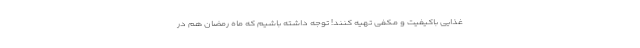
غذایی باکیفیت و مکفی تهیه کنند! توجه داشته باشیم که ماه رمضان هم در